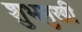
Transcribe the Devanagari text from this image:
शुभमुखी